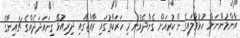
އާންމުންނަށް ހުޅުވާލައިގެން ކުރިއަށް ގެންދެވުނު މި ހަރަކާތުގައި ރާއްޖޭގައި ދިރިއުޅޭ ގިނައަދަދެއްގެ ޗައިނާގެ